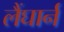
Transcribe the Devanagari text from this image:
लैंघार्न